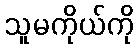
သူမကိုယ်ကို